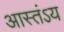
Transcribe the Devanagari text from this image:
आस्तंऽय